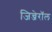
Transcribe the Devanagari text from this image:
जिन्जेरॉल